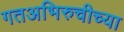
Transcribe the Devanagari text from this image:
गतअभिरुचीच्या